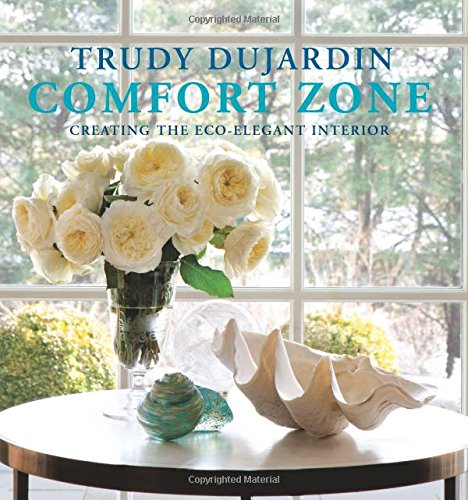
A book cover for Comfort Zone: Creating the Eco-Elegant Interior; Trudy Dujardin; Arts & Photography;